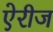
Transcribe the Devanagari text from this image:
ऐरीज